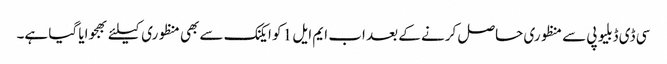
سی ڈی ڈبلیو پی سے منظوری حاصل کرنے کے بعد اب ایم ایل 1 کو ایکنک سے بھی منظوری کیلئے بھجوایا گیا ہے۔